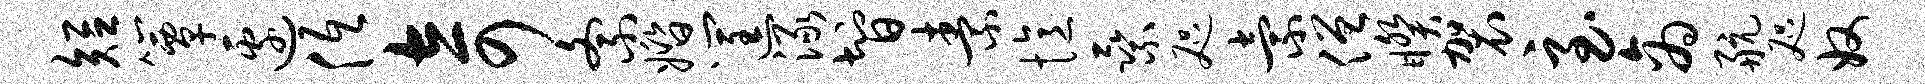
短簟边低奇紊婚筐渌智素忆乘咫索僧睽袈至商航咫奴